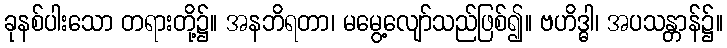
ခုနစ်ပါးသော တရားတို့၌။ အနဘိရတာ၊ မမွေ့လျော်သည်ဖြစ်၍။ ဗဟိဒ္ဓါ၊ အပသန္တာန်၌။